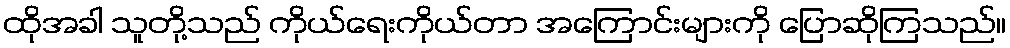
ထိုအခါ သူတို့သည် ကိုယ်ရေးကိုယ်တာ အကြောင်းများကို ပြောဆိုကြသည်။